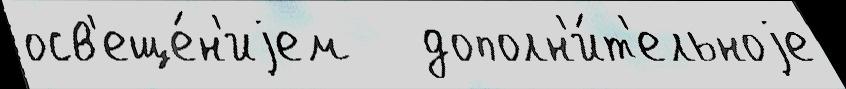
осв'еще́н'иjем   дополн'и́т'ельноjе